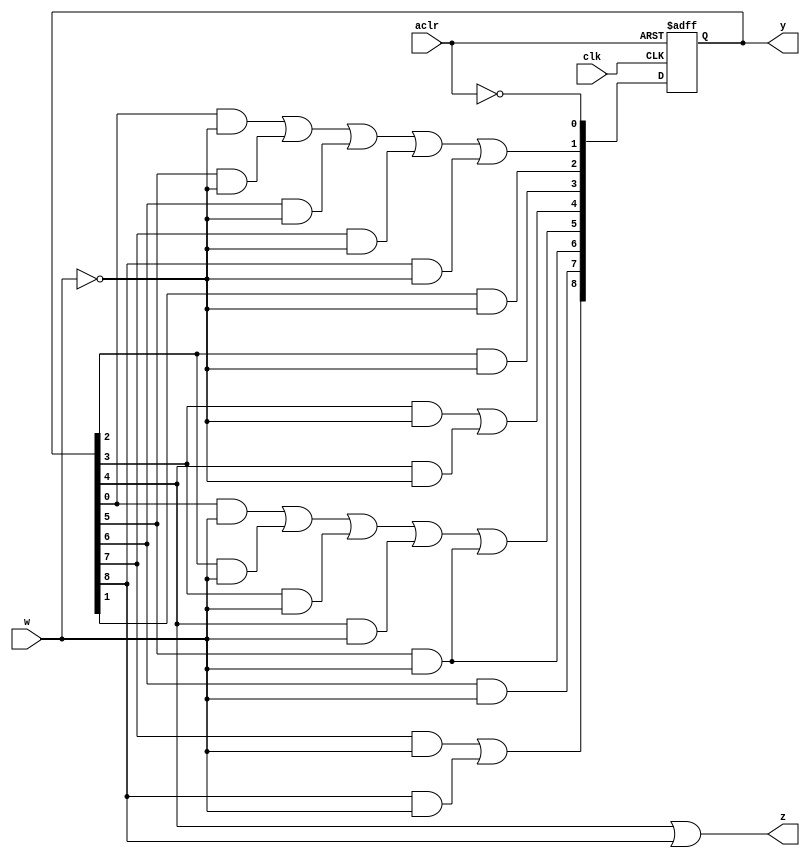
module lab7fsm(
	input w,clk,aclr,
	output reg z,
	output reg [8:0] y);
	reg [8:0] d;
	always @(*) begin
		d[0] = ~aclr;
		d[1] = y[0] & ~w | y[5] & ~w | y[6] & ~w | y[7] & ~w | y[8] & ~w;
		d[2] = y[1] & ~w; 
		d[3] = y[2] & ~w;
		d[4] = y[3] & ~w | y[4] & ~w;
		d[5] = y[0] & w | y[2] & w | y[3] & w | y[4] & w | y[5] & w;
		d[6] = y[5] & w; 
		d[7] = y[6] & w;
		d[8] = y[7] & w | y[8] & w;
	end
	always @(*)	z = y[4] | y[8];
	always @(posedge clk, negedge aclr)
		if (~aclr) 	begin y <= 0; y[0] <= 1'b1; end
		else y <= d;
endmodule
module PS8_ZAD2(

input [1:0] SW,
input [1:0] KEY,
output [9:0] LEDR);
assign LEDR[0] = 1;
lab7fsm ex(SW[1],KEY[0],SW[0],LEDR[9],LEDR[8:1]);

endmodule